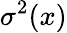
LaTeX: \sigma^{2}(x)